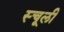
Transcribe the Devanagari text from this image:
स्चूली